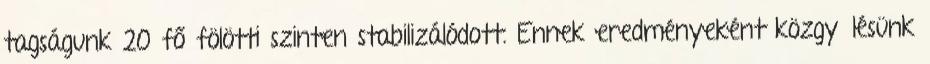
tagságunk 20 fő fölötti szinten stabilizálódott. Ennek eredményeként közgyűlésünk